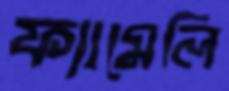
ফ্যামেলি